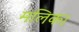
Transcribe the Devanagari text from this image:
मलिक।